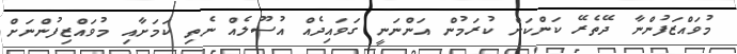
މުވައްޒަފުންނާ ދޭތެރޭ ކަންކަން ކުރަމުން އަންނަނީ ގަވައިދެއް އުސޫލެއް ނެތި ކަމަށާއި މުވައްޒިފުންނަށް